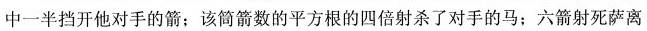
中一半挡开他对手的箭；该筒箭数的平方根的四倍射杀了对手的马；六箭射死萨离